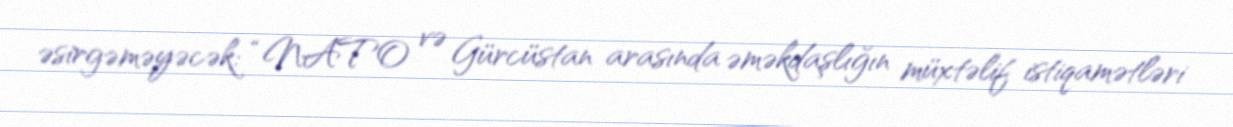
əsirgəməyəcək: “NATO və Gürcüstan arasında əməkdaşlığın müxtəlif istiqamətləri